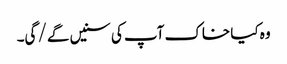
وہ کیا خاک آپ کی سنیں گے/ گی۔